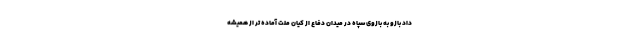
داد بازو به بازوی سپاه در میدان دفاع از کیان ملت آماده تر از همیشه